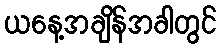
ယနေ့အချိန်အခါတွင်